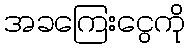
အခကြေးငွေကို